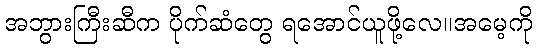
အဘွားကြီးဆီက ပိုက်ဆံတွေ ရအောင်ယူဖို့လေ။အမေ့ကို